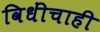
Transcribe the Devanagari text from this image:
विधींचाही